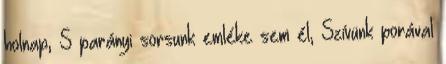
holnap, S parányi sorsunk emléke sem él, Szívünk porával